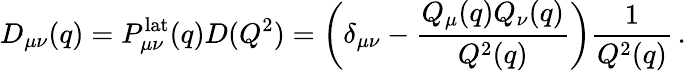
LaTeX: D_{\mu\nu}(q)=P_{\mu\nu}^{\mathrm{lat}}(q)D(Q^{2})=\left(\delta_{\mu\nu}-\frac{Q_{\mu}(q)Q_{\nu}(q)}{Q^{2}(q)}\right)\frac{1}{Q^{2}(q)}\, .